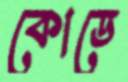
কোডে